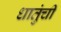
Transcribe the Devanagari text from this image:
धातुंची